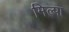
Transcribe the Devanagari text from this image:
मिल्पा